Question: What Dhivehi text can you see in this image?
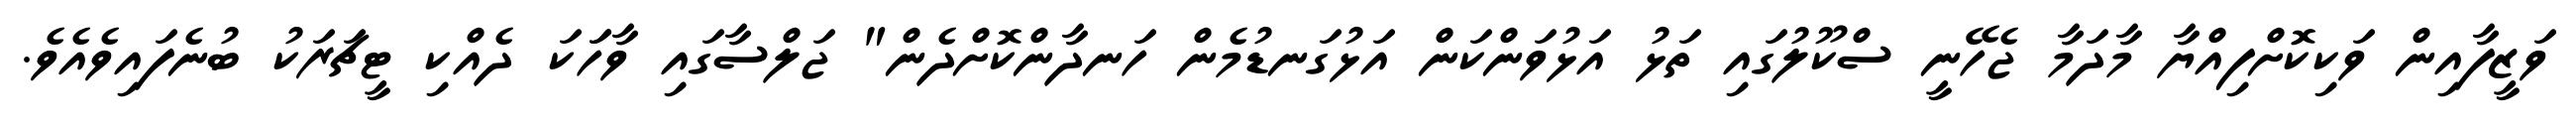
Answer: ވަޒީފާއިން ވަކިކޮށްފިއްޔާ މާދަމާ ޖެހޭނީ ސްކޫލުގައި ތަޅު އަޅުވަންކަން އަޅުގަނޑުމެން ހަނދާންކޮށްދެން" ޖަލްސާގައި ވާހަަކަ ދެއްކި ޓީޗަރަކު ބުނެފައިވެއެވެ.